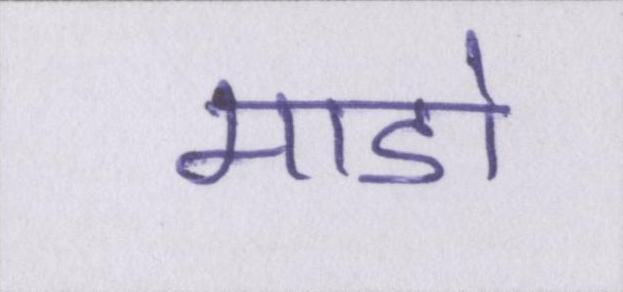
माडो